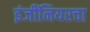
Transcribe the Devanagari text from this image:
इंजींनियरचा